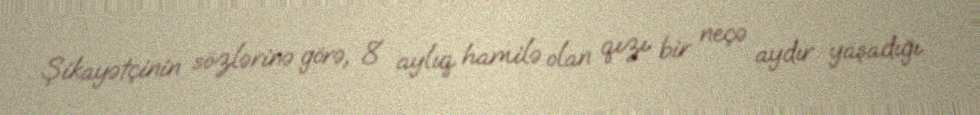
Şikayətçinin sözlərinə görə, 8 aylıq hamilə olan qızı bir neçə aydır yaşadığı